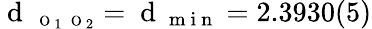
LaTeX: \mathrm{~d~}_{\mathrm{~\scriptsize~O~}_{1}\mathrm{~\scriptsize~O~}_{2}}=\mathrm{~d~}_{\mathrm{~m~i~n~}}=2.3930(5)